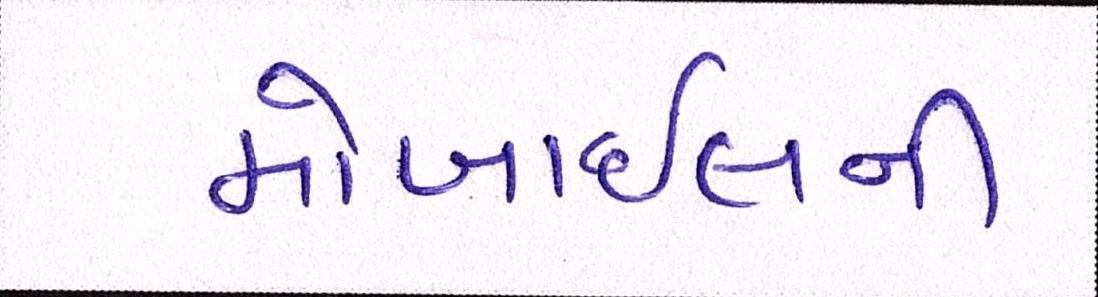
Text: મોબાઈલની